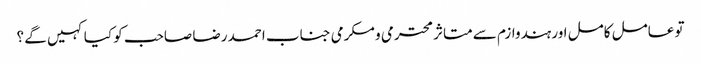
تو عامل کامل اور ہندوازم سے متاثر محترمی و مکرمی جناب احمد رضا صاحب کو کیا کہیں گے ؟